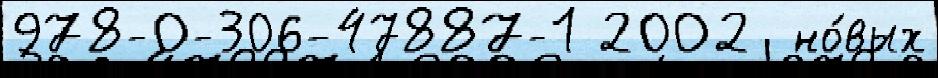
978-0-306-47887-1 2002  но́вых